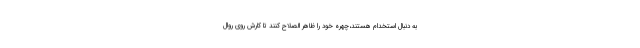
به دنبال استخدام هستند،چهره خود را ظاهر الصلاح کنند تا کارش روی روال